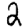
Digit: 2